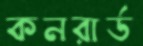
কনরার্ড